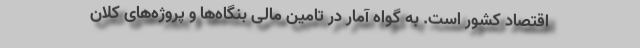
اقتصاد کشور است. به گواه آمار در تامین مالی بنگاه‌ها و پروژه‌های کلان